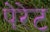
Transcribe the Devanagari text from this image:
पेरेट